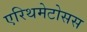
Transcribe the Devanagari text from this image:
एरिथमेटोसस